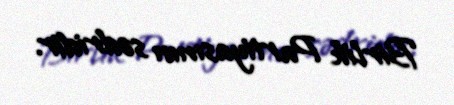
Birlik Partiyasının sədridir.